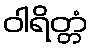
ဝါရိတ္တံ